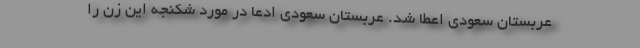
عربستان سعودی اعطا شد. عربستان سعودی ادعا در مورد شکنجه این زن را